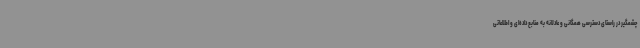
چشمگیر در راستای دسترسی همگانی و عادلانه به منابع داده‌ای و اطلاعاتی